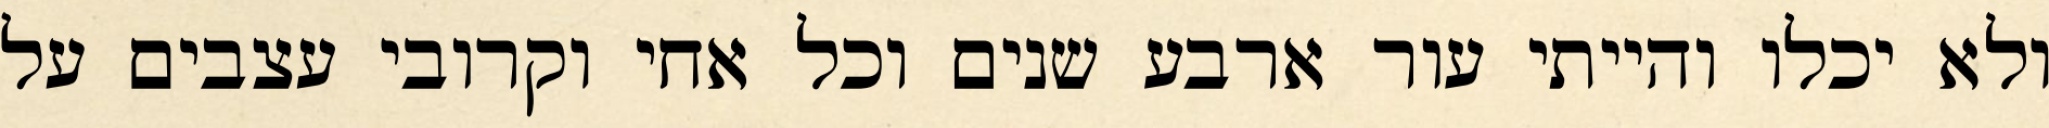
ולא יכלו והייתי עור ארבע שנים וכל אחי וקרובי עצבים על